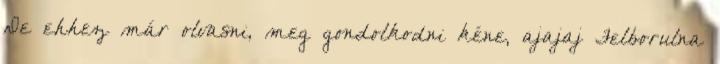
De ehhez már olvasni, meg gondolkodni kéne, ajajaj Felborulna